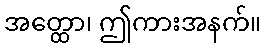
အတ္ထော၊ ဤကားအနက်။